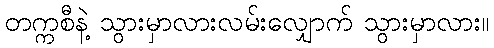
တက္ကစီနဲ့ သွားမှာလားလမ်းလျှောက် သွားမှာလား။